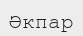
Әкпар